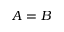
A = B